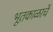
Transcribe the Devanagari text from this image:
भूतकाळाचें